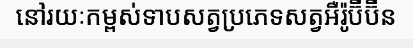
នៅរយៈកម្ពស់ទាបសត្វប្រភេទសត្វអឺរ៉ូប៊ីប៊ីន